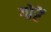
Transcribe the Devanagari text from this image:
गोरें